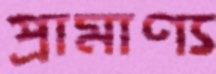
প্রামাণ্য